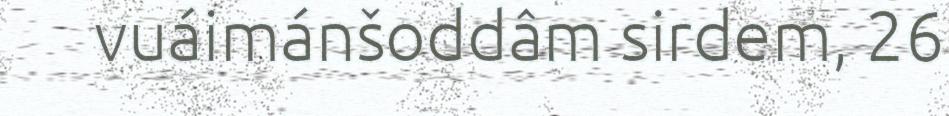
vuáimánšoddâm sirdem, 26